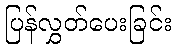
ပြန်လွှတ်ပေးခြင်း